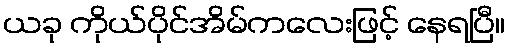
ယခု ကိုယ်ပိုင်အိမ်ကလေးဖြင့် နေရပြီ။